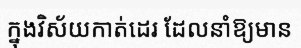
ក្នុងវិស័យកាត់ដេរ ដែលនាំឱ្យមាន